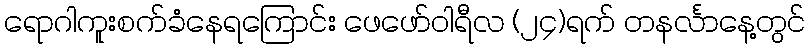
ရောဂါကူးစက်ခံနေရကြောင်း ဖေဖော်ဝါရီလ (၂၄)ရက် တနင်္လာနေ့တွင်